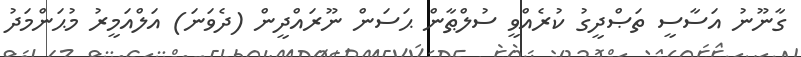
ގާނޫނު އަސާސީ ތަޞްދީގު ކުރެއްވީ ސުލްޠާން ޙަސަން ނޫރައްދީން (ދެވަނަ) އަލްއަމީރު މުޙަންމަދު